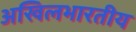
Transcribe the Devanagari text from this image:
अखिलभारतीय